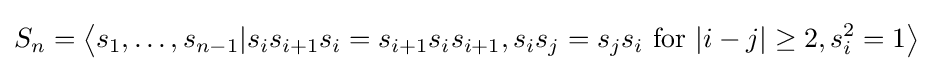
S_{n}=\left\langle s_{1},\ldots ,s_{n-1}|s_{i}s_{i+1}s_{i}=s_{i+1}s_{i}s_{i+1},s_{i}s_{j}=s_{j}s_{i}{\text{ for }}|i-j|\geq 2,s_{i}^{2}=1\right\rangle